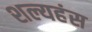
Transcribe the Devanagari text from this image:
शल्यहंस